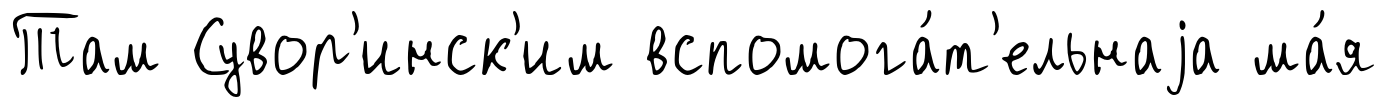
Там Сувор'инск'им вспомога́т'ельнаjа ма́я